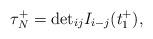
LaTeX: \begin{align*}\tau_{N}^{+}={\rm det}_{ij}I_{i-j}(t_{1}^{+}),\end{align*}